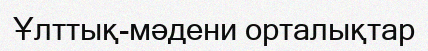
Ұлттық-мәдени орталықтар